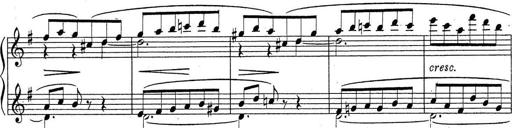
Title: ÄŒeskÃ© Sonatiny
Composer: Various